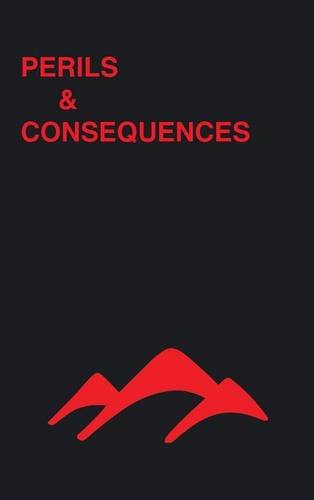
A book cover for Perils & Consequences; Rich Votaw; Business & Money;